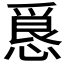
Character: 𭞀